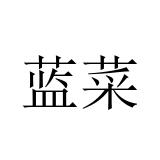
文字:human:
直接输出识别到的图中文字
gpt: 蓝菜